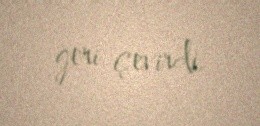
geri çevirdi.